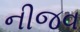
નીજવ